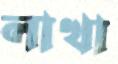
লাখা